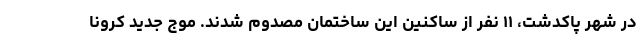
در شهر پاکدشت، ۱۱ نفر از ساکنین این ساختمان مصدوم شدند. موج جدید کرونا